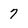
Character: 7